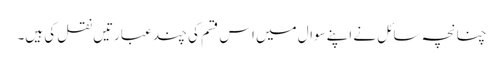
چنانچہ سائل نے اپنےسوال میں اس قسم کی چند عبارتیں نقل کی ہیں۔